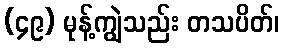
(၄၉) မုန့်ကျွဲသည်း တသပိတ်၊